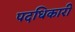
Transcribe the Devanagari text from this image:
पदधिकारी